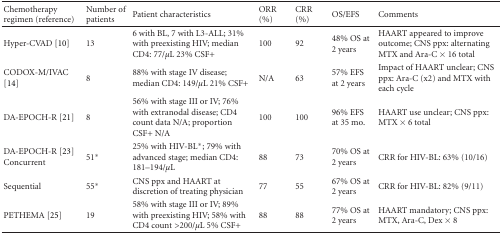
| Chemotherapy regimen (reference) | Number of patients | Patient characteristics | ORR (%) | CRR (%) | OS/EFS | Comments |
 | --- | --- | --- | --- | --- | --- | --- |
 | Hyper-CVAD [10] | 13 | 6 with BL, 7 with L3-ALL; 31% with preexisting HIV; median CD4: 77/μL 23% CSF+ | 100 | 92 | 48% OS at 2 years | HAART appeared to improve outcome; CNS ppx: alternating MTX and Ara-C × 16 total |
 | CODOX-M/IVAC [14] | 8 | 88% with stage IV disease; median CD4: 149/μL 21% CSF+ | N/A | 63 | 57% EFS at 2 years | Impact of HAART unclear; CNS ppx: Ara-C (x2) and MTX with each cycle |
 | DA-EPOCH-R [21] | 8 | 56% with stage III or IV; 76% with extranodal disease; CD4 count data N/A; proportion CSF+ N/A | 100 | 100 | 96% EFS at 35 mo. | HAART use unclear; CNS ppx: MTX × 6 total |
 | DA-EPOCH-R [23] Concurrent | 51* | 25% with HIV-BL*; 79% with advanced stage; median CD4: 181–194/μL | 88 | 73 | 70% OS at 2 years | CRR for HIV-BL: 63% (10/16) |
 | Sequential | 55* | CNS ppx and HAART at discretion of treating physician | 77 | 55 | 67% OS at 2 years | CRR for HIV-BL: 82% (9/11) |
 | PETHEMA [25] | 19 | 58% with stage III or IV; 89% with preexisting HIV; 58% with CD4 count >200/μL 5% CSF+ | 88 | 88 | 77% OS at 2 years | HAART mandatory; CNS ppx: MTX, Ara-C, Dex × 8 |